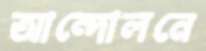
আন্দোলনে